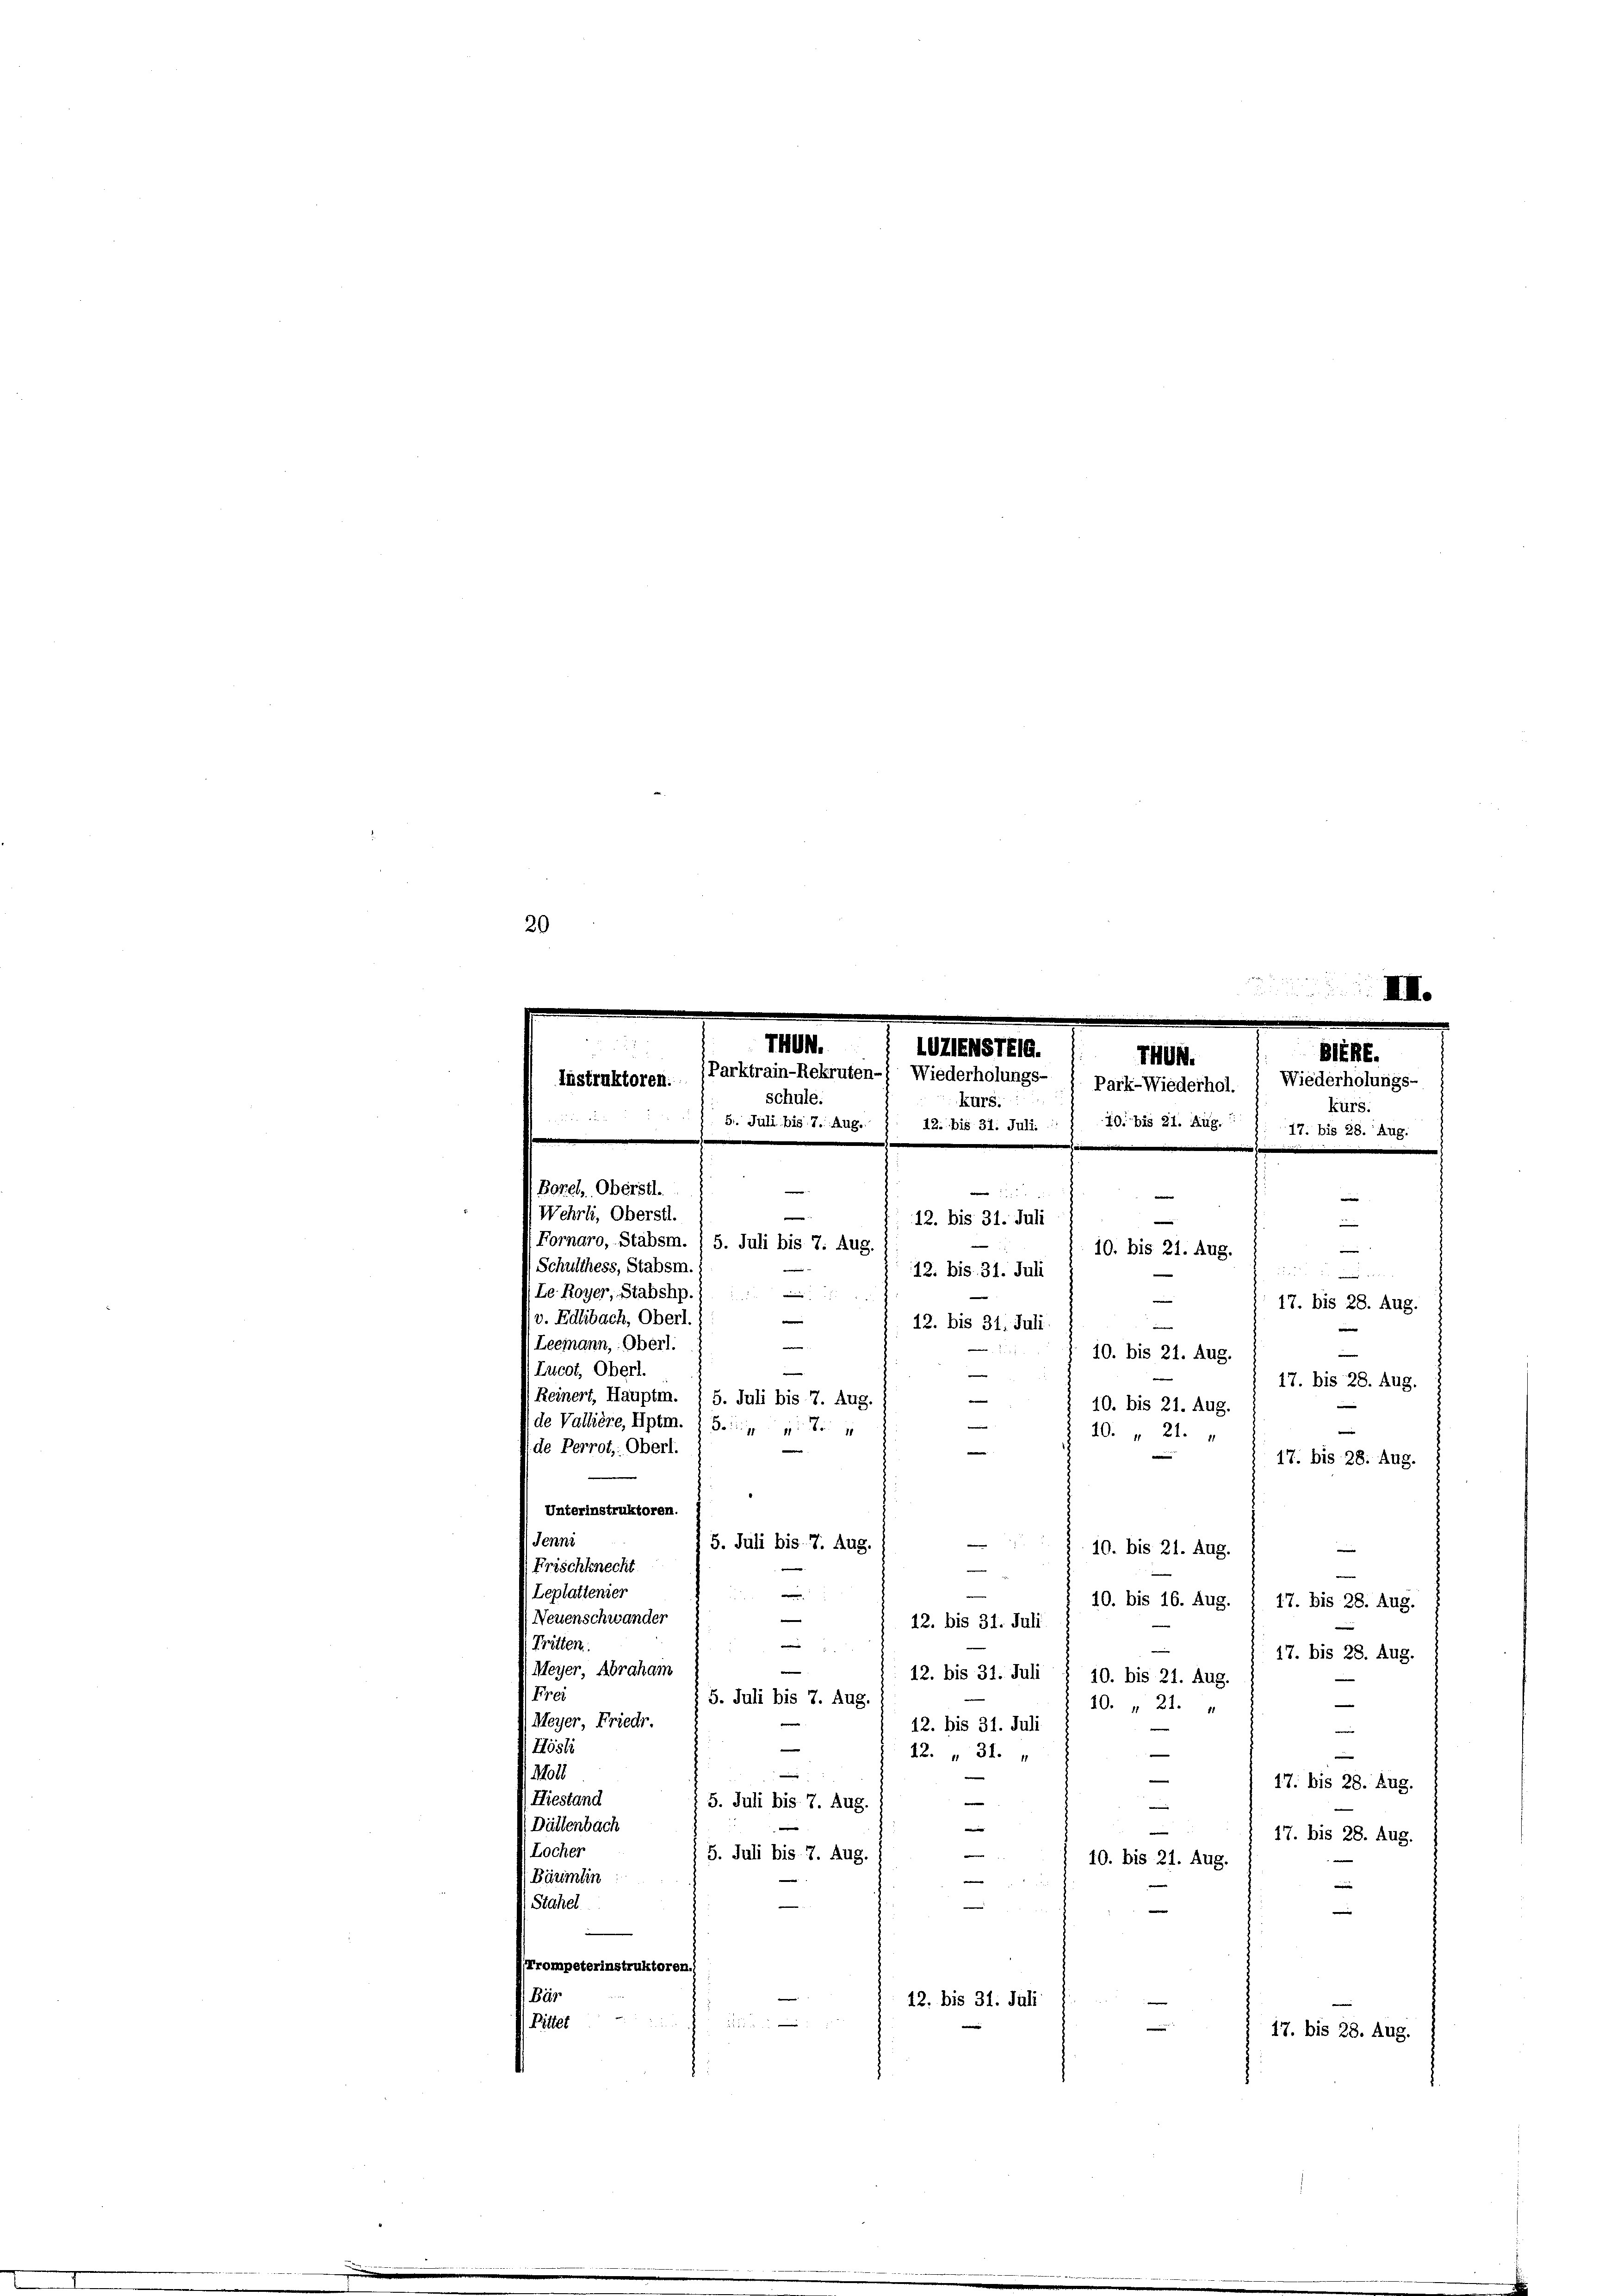
20

seplattenier
10. bis 16. Aug.
17. bis 28. Aug.
Veuenschwander
12. bis 31. Juli
Pitten.
e
17. bis 28. Aug.
e
eyer, Abraham
12. bis 31. Juli § 10. bis 21. Aug.
Ergi
5. Juli bis 7. Aug.
—
10. " 21.
feyer, Friedr.
12. bis 31. Juli
e
Hösli

12. " 31.
—
e
1704
—
17. bis 28. Aug.
Liestand
—
—
5. Juli bis 7. Aug.
hättenbach
e
.
17. bis 28. Aug.
Locher
e
5. Juli bis 7. Aug.
10. bis 21. Aug.
Bärimin
|
tahel
s
rompeterinstruktoren.
ig
12. bis 31. Juli
ittet

17. bis 28. Aug.

III.
THUN.
LUZIENSTEIG.
BERE.
THUN.
Parktrain-Rekruten-) Wiederholungs- ) Park-Wiederhol. ( Wiederholungs-
Instruktoren.
schule.
kurs.
kurs.
51. Juli bis 7. Aug.
Borel, Oberstl.

|
Wehrli, Oberstl.
.
12. bis 31. Juli
e
Fornaro, Stabsm. / 5. Juli bis 7. Aug.
10. bis 21. Aug.
Schulthess, Stabsm.
12. bis 31. Juli
Ce Royer, Stabshp.)
—
. Edlibach, Oberl.

12. bis 31. Juli
e
e
Leemann, Oberl.
10. bis 21. Aug.
Lucot, Oberl.
e
17. bis 28. Aug.
Reinert, Hauptm. / 5. Juli bis 7. Aug.
10. bis 21. Aug.
te Vallière, Hptm. I S.
10. „ 21.
de Perrot,: Oberl.
¬
17. bis 28. Aug.
Unterinstruktoren.
118

5. Juli bis 7. Aug.
.
10. bis 21. Aug.
Frischknecht

e

12. bis 31. Juli. : : 10. bis 21. Aug. 1. 17. bis 28. Aug.

e

e

17. bis 28. Aug.